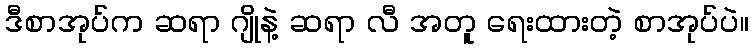
ဒီစာအုပ်က ဆရာ ဂျိုနဲ့ ဆရာ လီ အတူ ရေးထားတဲ့ စာအုပ်ပဲ။